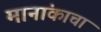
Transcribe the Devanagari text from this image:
मानांकाचा